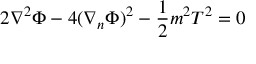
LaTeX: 2 \nabla ^ { 2 } \Phi - 4 ( \nabla _ { n } \Phi ) ^ { 2 } - \frac { 1 } { 2 } m ^ { 2 } T ^ { 2 } = 0